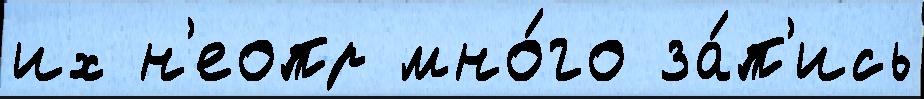
их н'еопр мно́го за́п'ись